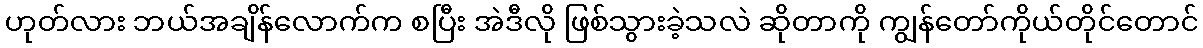
ဟုတ်လား ဘယ်အချိန်လောက်က စပြီး အဲဒီလို ဖြစ်သွားခဲ့သလဲ ဆိုတာကို ကျွန်တော်ကိုယ်တိုင်တောင်